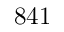
8 4 1